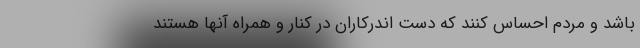
باشد و مردم احساس کنند که دست اندرکاران در کنار و همراه آنها هستند